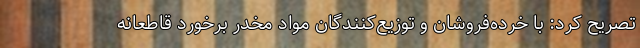
تصریح کرد: با خرده‌فروشان و توزیع‌کنندگان مواد مخدر برخورد قاطعانه